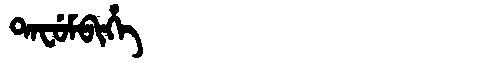
Manchu: ᡨᠠᠸᡠᠮᠪᡳᡥᡝ
Romanization: TAFUMBIHE